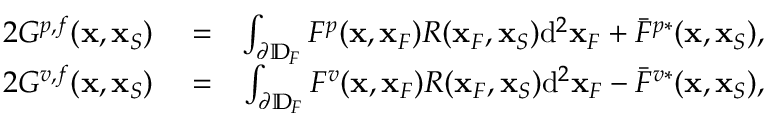
\begin{array} { r l r } { 2 G ^ { p , f } ( { \bf x } , { \bf x } _ { S } ) } & { { } = } & { \int _ { \partial \mathbb { D } _ { F } } F ^ { p } ( { \bf x } , { \bf x } _ { F } ) R ( { \bf x } _ { F } , { \bf x } _ { S } ) \mathrm { d } ^ { 2 } { \bf x } _ { F } + \bar { F } ^ { p * } ( { \bf x } , { \bf x } _ { S } ) , } \\ { 2 G ^ { v , f } ( { \bf x } , { \bf x } _ { S } ) } & { { } = } & { \int _ { \partial \mathbb { D } _ { F } } F ^ { v } ( { \bf x } , { \bf x } _ { F } ) R ( { \bf x } _ { F } , { \bf x } _ { S } ) \mathrm { d } ^ { 2 } { \bf x } _ { F } - \bar { F } ^ { v * } ( { \bf x } , { \bf x } _ { S } ) , } \end{array}